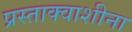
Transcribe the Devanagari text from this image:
प्रस्ताक्वाशीना